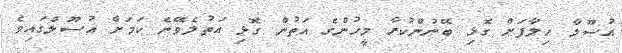
އުސޫލާ ހިލާފަށް ގޮޅި ބޭނުންކުރާ މީހުންގެ އަތުން ގޮޅި އަތުލެވޭނެ ކަމަށް އުސޫލްގައިވެ